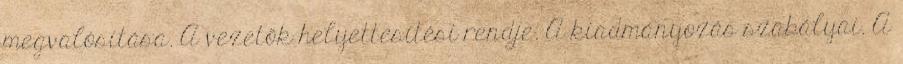
megvalósítása. A vezetők helyettesítési rendje. A kiadmányozás szabályai. A